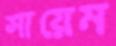
সায়েম